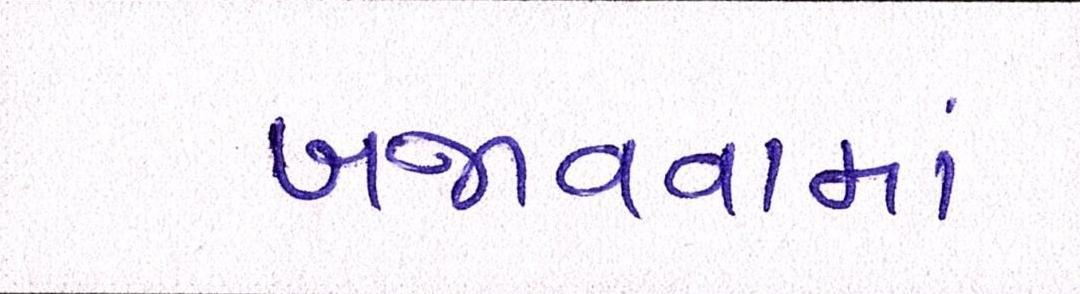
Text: બજાવવામાં